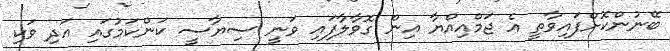
ބޭނުންކޮށްފައިވާތީ އެ ޖަމްއިއްޔާ އިން ގޮވާލާފައި ވަނީ ސިޔާސީ ކަންކަމުގައި އަދި ވަކި